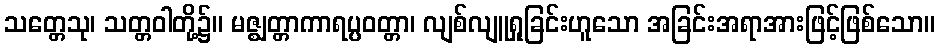
သတ္တေသု၊ သတ္တဝါတို့၌။ မဇ္ဈတ္တာကာရပ္ပဝတ္တာ၊ လျစ်လျူရှုခြင်းဟူသော အခြင်းအရာအားဖြင့်ဖြစ်သော။